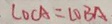
\angle O C A = \angle O B A